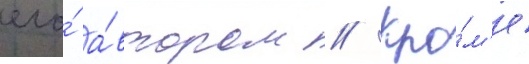
его́ а́втором // Кро́м'е